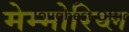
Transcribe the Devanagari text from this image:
मेम्मोरिय्ल